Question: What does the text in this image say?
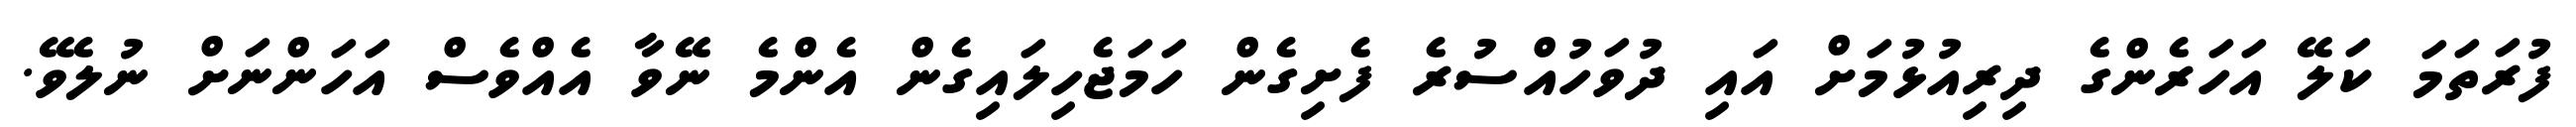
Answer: ފުރަތަމަ ކަލޭ އަހަރެންގެ ދިރިއުޅުމަށް އައި ދުވަހުއްސުރެ ފެށިގެން ހަމަޖެހިލައިގެން އެންމެ ނޭވާ އެއްވެސް އަހަންނަށް ނުލެވޭ.